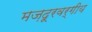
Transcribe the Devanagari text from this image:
मज़दूरवर्गीय